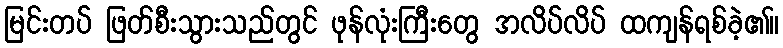
မြင်းတပ် ဖြတ်စီးသွားသည်တွင် ဖုန်လုံးကြီးတွေ အလိပ်လိပ် ထကျန်ရစ်ခဲ့၏။